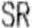
SR